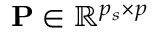
\mathbf { P } \in \mathbb { R } ^ { p _ { s } \times p }